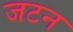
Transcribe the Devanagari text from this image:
जटन